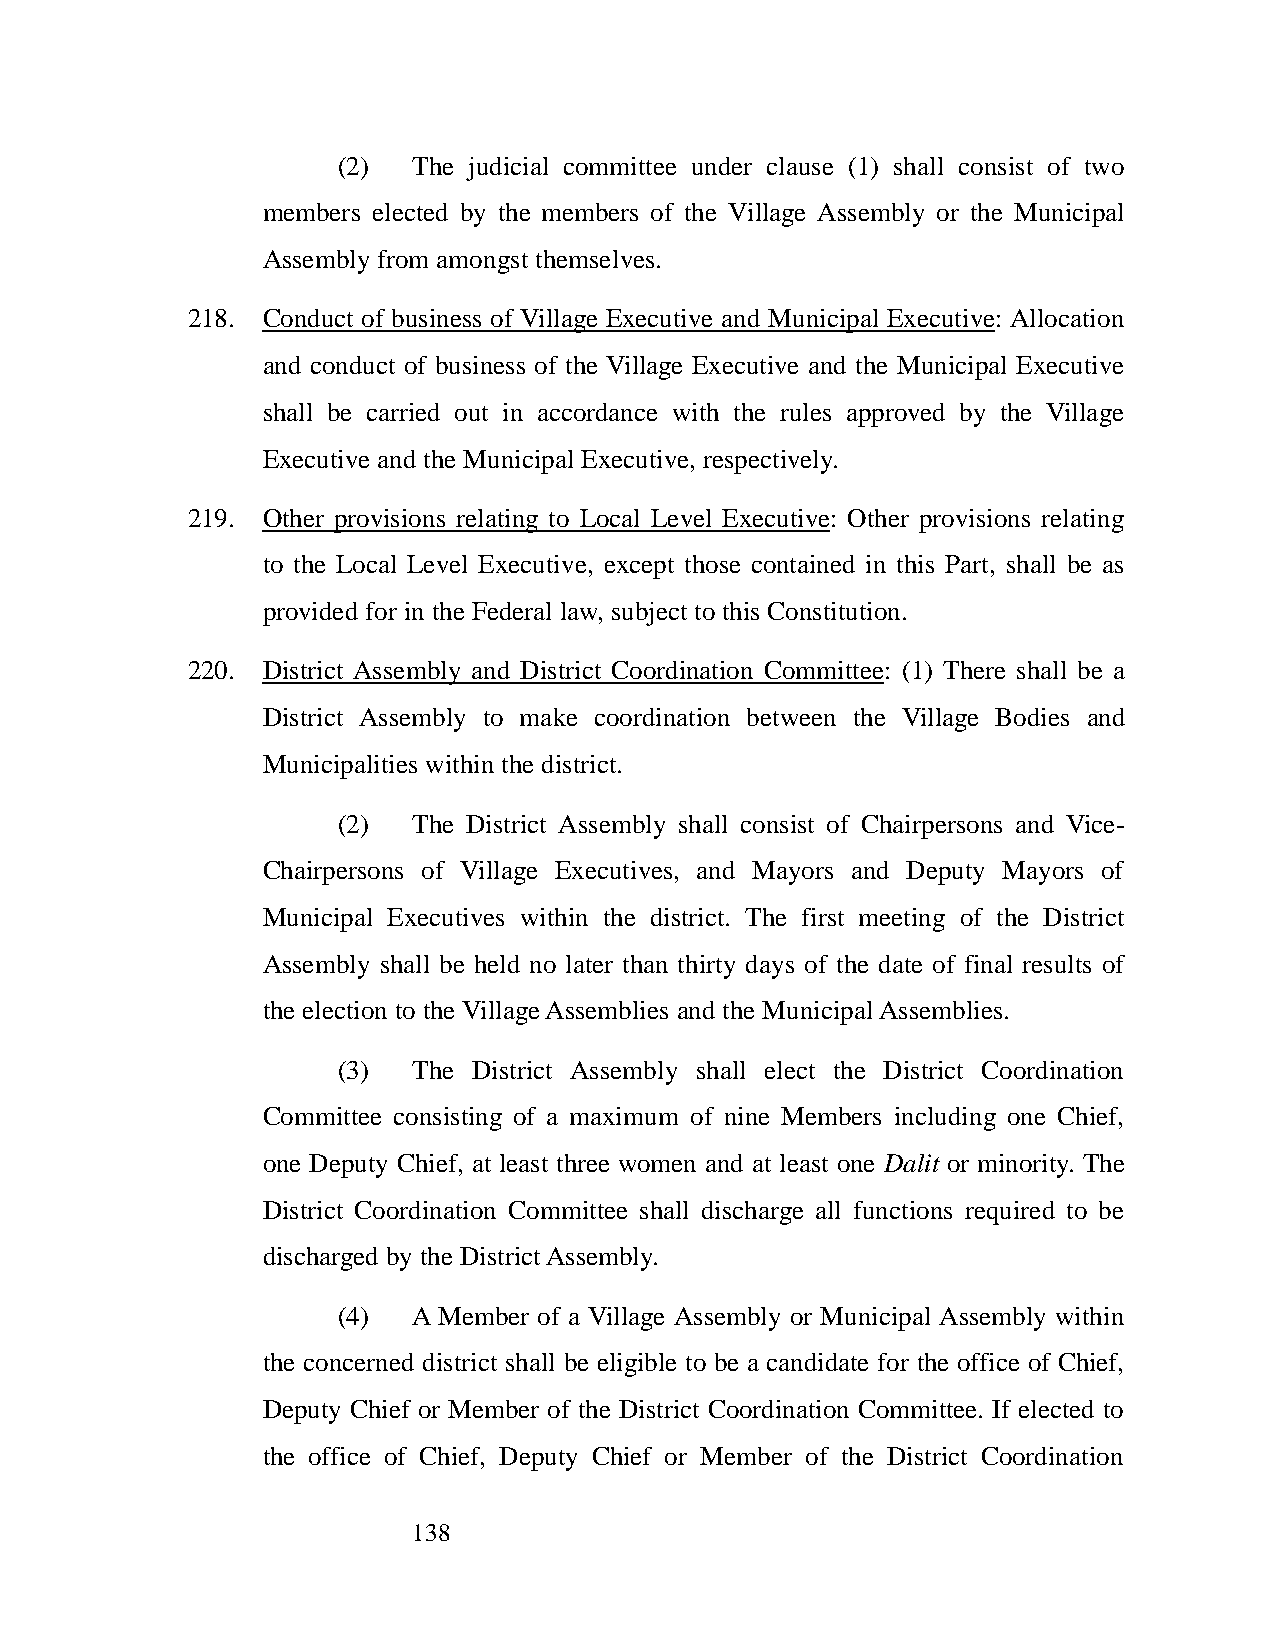
(2)  The judicial committee under clause (1) shall consist of two
 members elected by the members of the Village Assembly or the Municipal
 Assembly from amongst themselves.
 218. Conduct of business of Village Executive and Municipal Executive: Allocation
 and conduct of business of the Village Executive and the Municipal Executive
 shall be carried out in accordance with the rules approved by the Village
 Executive and the Municipal Executive, respectively.
 219. Other provisions relating to Local Level Executive: Other provisions relating
 to the Local Level Executive, except those contained in this Part, shall be as
 provided for in the Federal law, subject to this Constitution.
 220. District Assembly and District Coordination Committee: (1) There shall be a
 District Assembly to make coordination between the Village Bodies and
 Municipalities within the district.
 (2)  The District Assembly shall consist of Chairpersons and Vice-
 Chairpersons of Village Executives, and Mayors and Deputy Mayors of
 Municipal Executives within the district. The first meeting of the District
 Assembly shall be held no later than thirty days of the date of final results of
 the election to the Village Assemblies and the Municipal Assemblies.
 (3)  The District Assembly shall elect the District Coordination
 Committee consisting of a maximum of nine Members including one Chief,
 one Deputy Chief, at least three women and at least one Dalit or minority. The
 District Coordination Committee shall discharge all functions required to be
 discharged by the District Assembly.
 (4)  A Member of a Village Assembly or Municipal Assembly within
 the concerned district shall be eligible to be a candidate for the office of Chief,
 Deputy Chief or Member of the District Coordination Committee. If elected to
 the office of Chief, Deputy Chief or Member of the District Coordination
 138